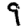
Digit: 9